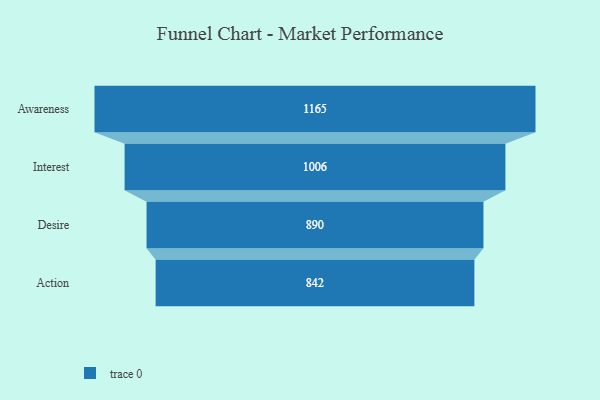
{"axis": {"x": "Stage", "y": "Value"}, "legend": [""], "data": [{"x": "Awareness", "y": 1165.0, "type": ""}, {"x": "Interest", "y": 1006.0, "type": ""}, {"x": "Desire", "y": 890.0, "type": ""}, {"x": "Action", "y": 842.0, "type": ""}]}